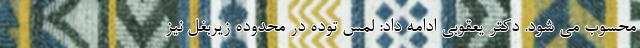
محسوب می شود. دکتر یعقوبی ادامه داد: لمس توده در محدوده زیربغل نیز